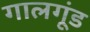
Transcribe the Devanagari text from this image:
गालगूंड